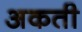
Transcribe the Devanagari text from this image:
अकती